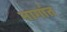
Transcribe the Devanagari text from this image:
नागांत